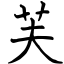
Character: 芙